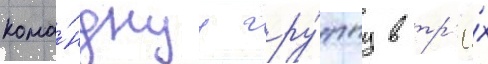
кома́нднуу гру́ппу в тр'ё́х